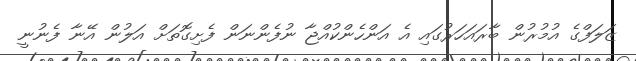
ޒަލަފްގެ އުމުރުން ބާރައަހަރުގައި އެ އަންހެންކުއްޖާ ނުފެންނަން ފެށިގޮތަށް އަލުން އޭނާ ފެނުނީ